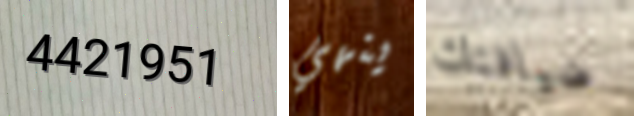
4421951 ينهي ضيافتك